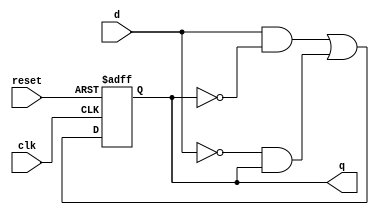
module TFF(d,clk,reset,q);
input clk, reset;
input wire d;
output reg q;

initial 
	q = 1'b1;

always@(posedge clk or posedge reset)
begin
	if(reset)
 		q <= 1'b1;
	else
		q <= (d&(~q)) | ((~d)&q);
end

endmodule